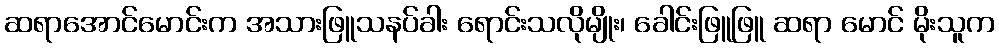
ဆရာအောင်မောင်းက အသားဖြူသနပ်ခါး ရောင်းသလိုမျိုး၊ ခေါင်းဖြူဖြူ ဆရာ မောင် မိုးသူက